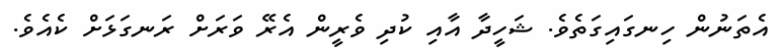
އެތަނުން ހިނގައިގަތެވެ. ޝަހީދާ އާއި ކުދި ވެރީން އެރޭ ވަރަށް ރަނގަޅަށް ކެއެވެ.